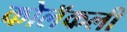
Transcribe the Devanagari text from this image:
कोलॅकली